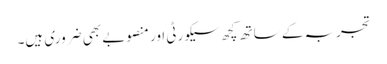
تجربہ کے ساتھ کچھ سیکورٹی اور منصوبے بھی ضروری ہیں۔